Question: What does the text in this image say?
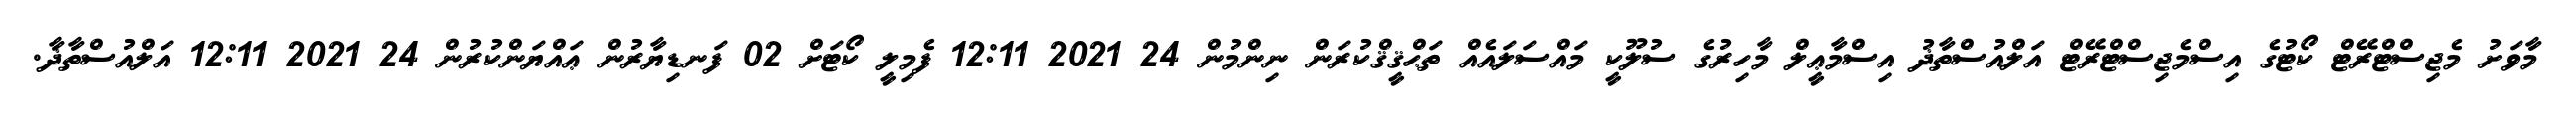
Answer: މާވަށު މެޖިސްޓްރޭޓް ކޯޓުގެ އިސްމެޖިސްޓްރޭޓް އަލްއުސްތާޛު އިސްމާޢީލް މާހިރުގެ ސުލޫކީ މައްސަލައެއް ތަޙްޤީޤްކުރަން ނިންމުން 24 2021 12:11 ފެމިލީ ކޯޓަށް 02 ފަނޑިޔާރުން ޢައްޔަންކުރުން 24 2021 12:11 އަލްއުސްތާޛާ.